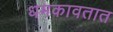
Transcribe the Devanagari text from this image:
धमकावतात